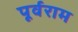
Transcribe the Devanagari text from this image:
पूर्वराम